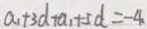
a _ { 1 } + 3 d + a _ { 1 } + 5 d = - 4 \cdot